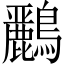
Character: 𪇾